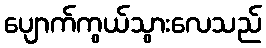
ပျောက်ကွယ်သွားလေသည်